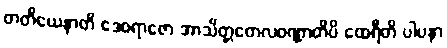
တတိယေနာတိ ဒေဝရာဇော အာသိတ္တတေလဝဏ္ဏာတိပိ ထေရီတိ ပါပနာ